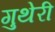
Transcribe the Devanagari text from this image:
गुथेरी